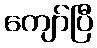
ကျော်ပြီ